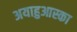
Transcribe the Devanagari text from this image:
अयाहुआस्का